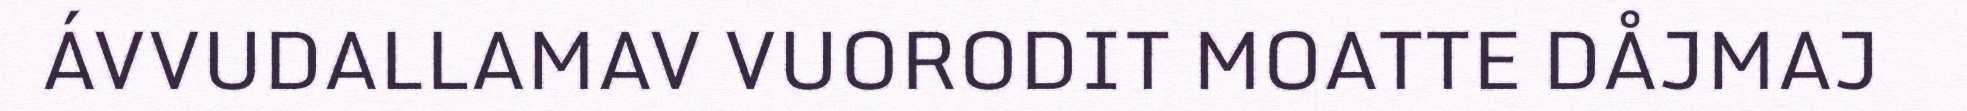
ÁVVUDALLAMAV VUORODIT MOATTE DÅJMAJ